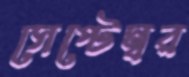
সেপ্টেম্বর